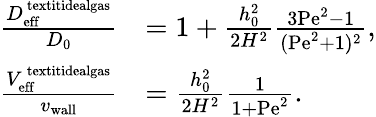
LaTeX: \begin{array}{rl}{\frac{D_{\mathrm{eff}}^{\mathrm{\ textit{idealgas}}}}{D_{0}}}&{=1+\frac{h_{0}^{2}}{2H^{2}}\frac{3\mathrm{Pe}^{2}-1}{(\mathrm{Pe}^{2}+1)^{2}},}\\ {\frac{V_{\mathrm{eff}}^{\mathrm{\ textit{idealgas}}}}{v_{\mathrm{wall}}}}&{=\frac{h_{0}^{2}}{2H^{2}}\frac{1}{1+\mathrm{Pe}^{2}}.}\end{array}